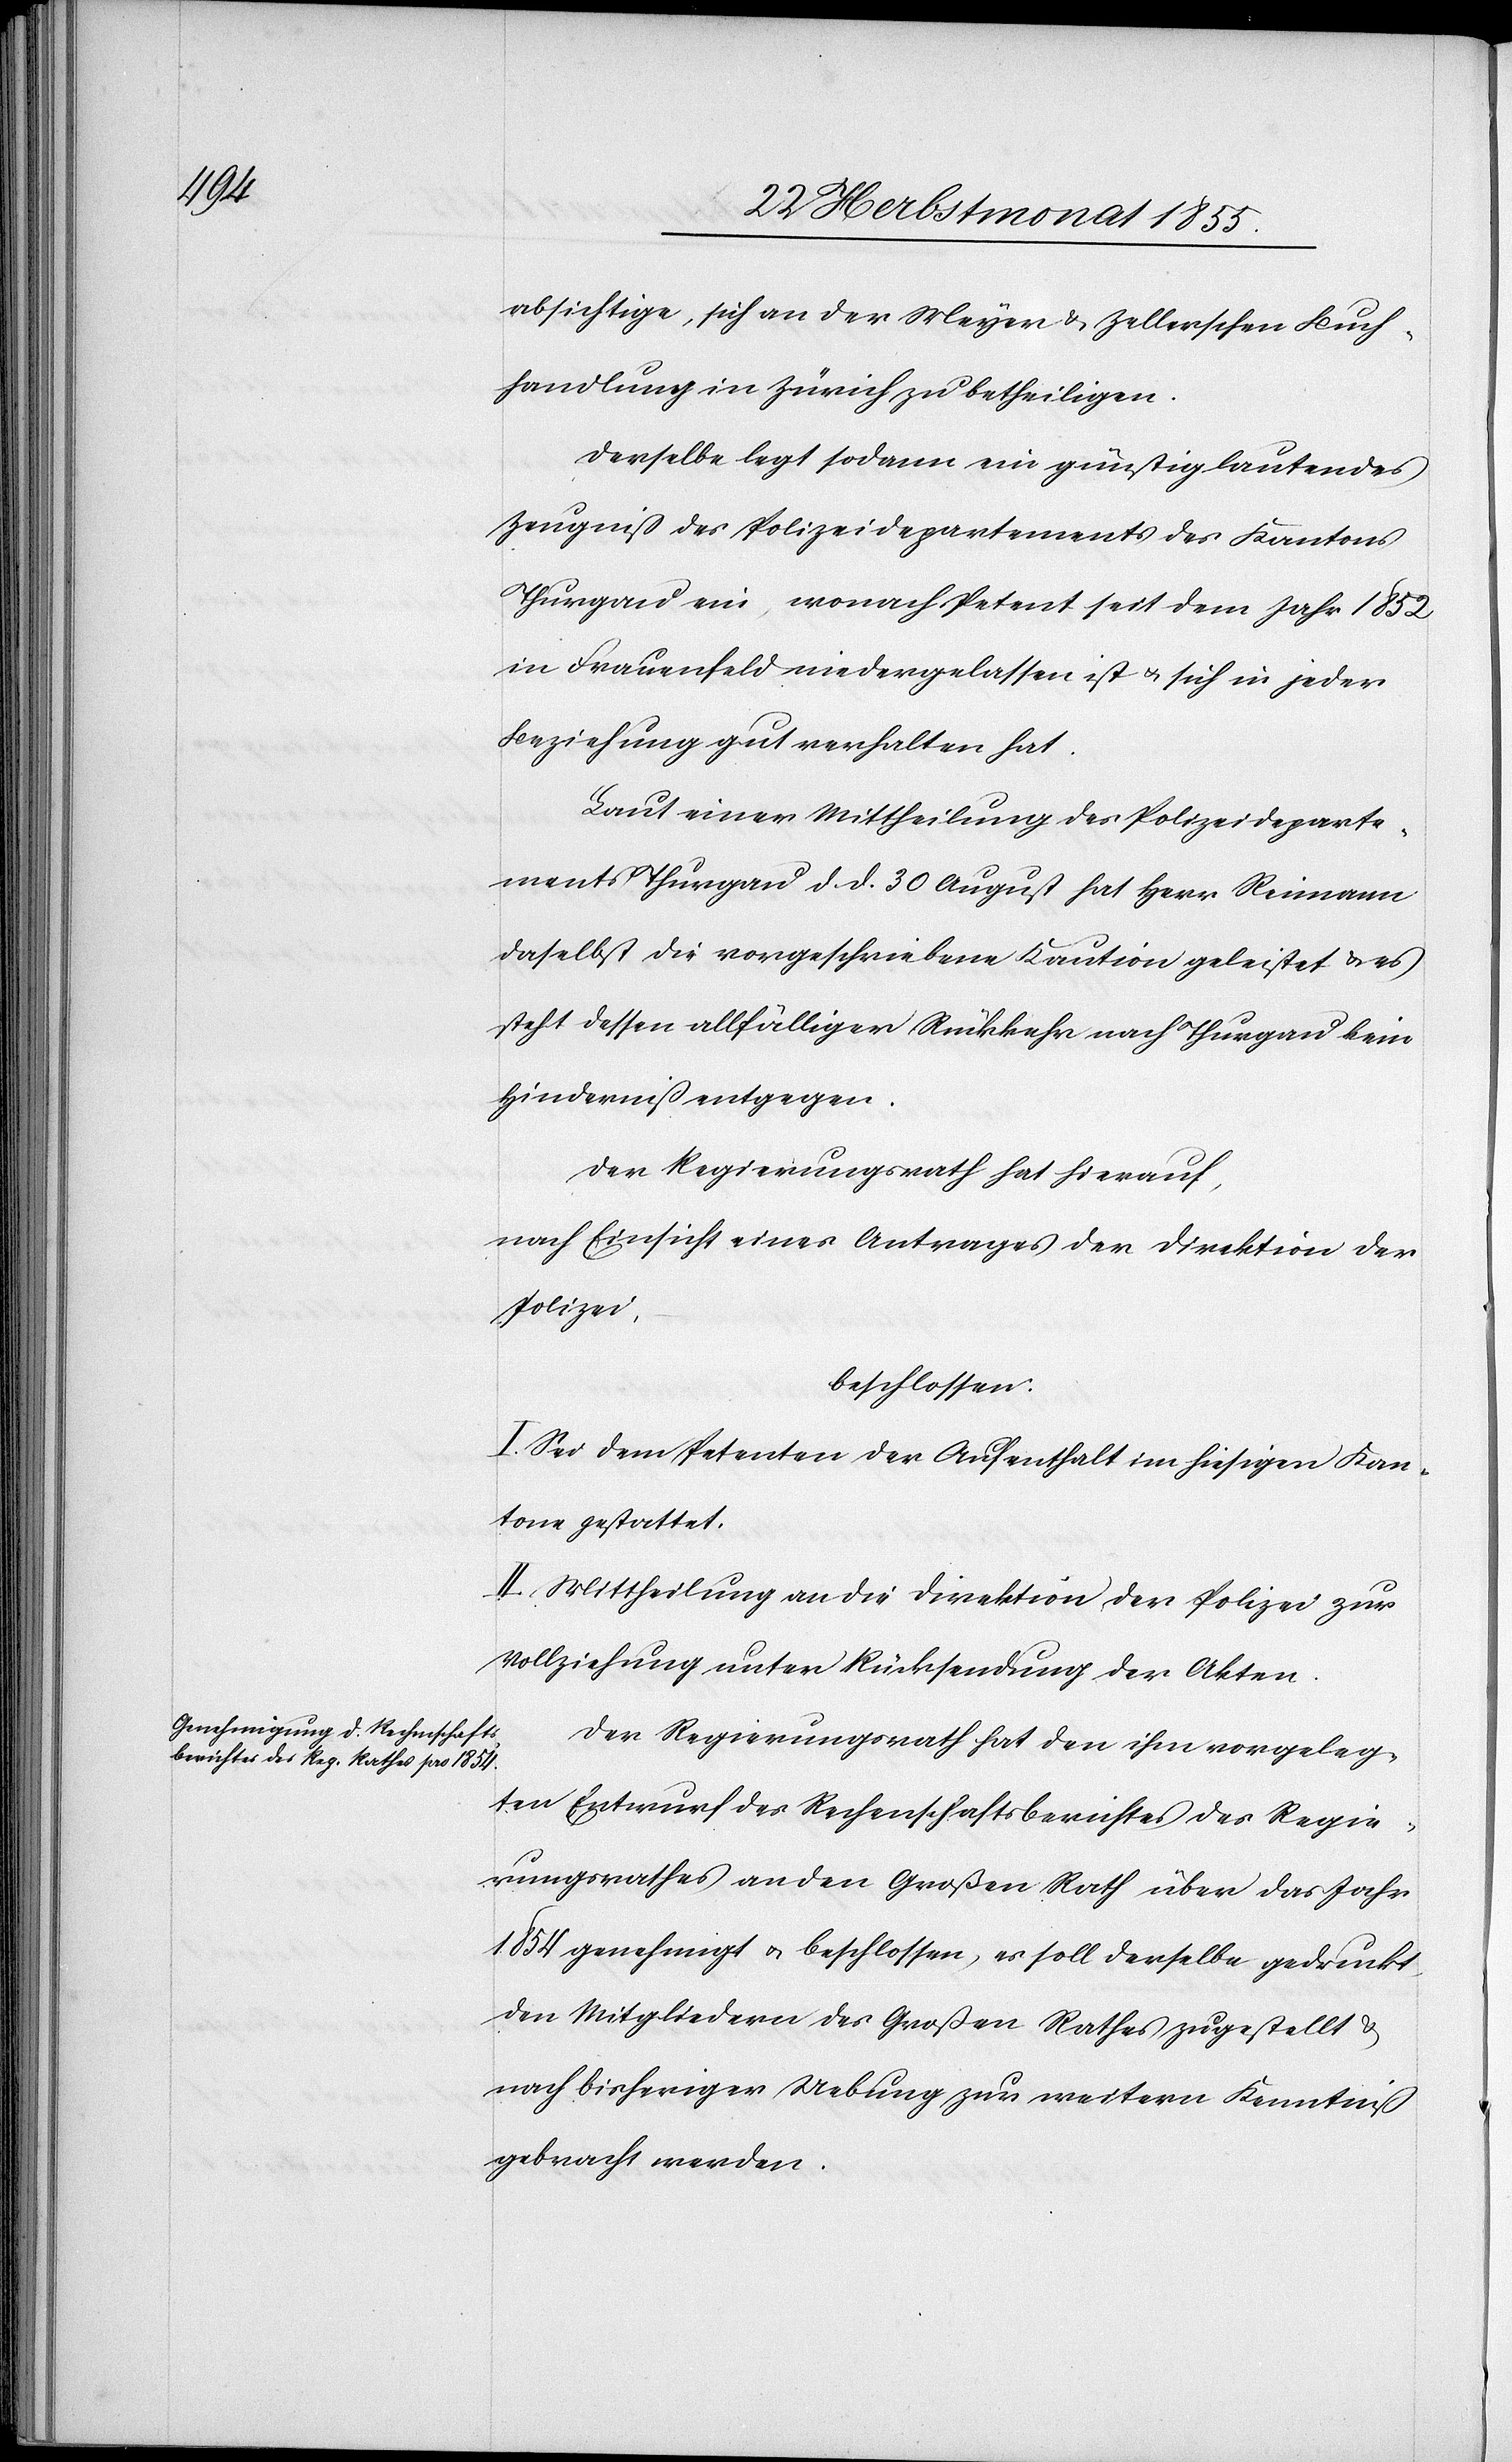
absichtige, sich an der Meyer & Zellerschen Buch¬
handlung in Zürich zu betheiligen.
Derselbe legt sodann ein günstig lautendes
Zeugniß des Polizeidepartements des Kantons
Thurgau ein, wonach Petent seit dem Jahr 1852
in Frauenfeld niedergelassen ist & sich in jeder
Beziehung gut verhalten hat.
Laut einer Mittheilung des Polizeideparte¬
ments Thurgau d. d. 30 August hat Herr Reimann
daselbst die vorgeschriebene Kaution geleistet & es
steht dessen allfälliger Rückkehr nach Thurgau kein
Hinderniß entgegen.
Der Regierungsrath hat hierauf,
nach Einsicht eines Antrages der Direktion der
Polizei,
beschlossen:
I. Sei dem Petenten der Aufenthalt im hiesigen Kan¬
tone gestattet.
II. Mittheilung an die Direktion der Polizei zur
Vollziehung unter Rücksendung der Akten.
Der Regierungsrath hat den ihm vorgeleg¬
ten Entwurf des Rechenschaftsberichtes des Regie¬
rungsrathes an den Großen Rath über das Jahr
1854 genehmigt & beschlossen, es soll derselbe gedruckt,
den Mitgliedern des Großen Rathes zugestellt &
nach bisheriger Uebung zur weitern Kenntniß
gebracht werden.